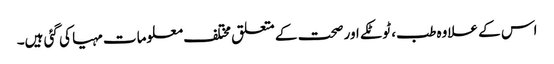
اس کے علاوہ طب، ٹوٹکے اور صحت کے متعلق مختلف معلومات مہیا کی گئی ہیں۔